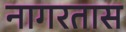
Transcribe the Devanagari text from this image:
नागरतास